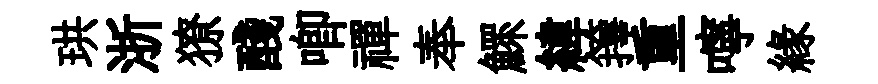
珙浙獠醆唧禪奉鰥緯籜重嚀緣